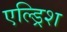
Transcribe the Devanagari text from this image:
एल्ड्रिश